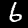
Label: 6